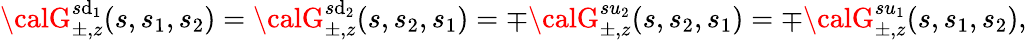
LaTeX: {\calG}_{\pm,z}^{s\mathrm{d}_{1}}(s,s_{1},s_{2})={\calG}_{\pm,z}^{s\mathrm{d}_{2}}(s,s_{2},s_{1})=\mp{\calG}_{\pm,z}^{su_{2}}(s,s_{2},s_{1})=\mp{\calG}_{\pm,z}^{su_{1}}(s,s_{1},s_{2}),